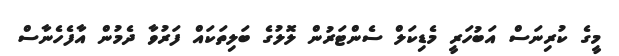
މީގެ ކުރިނަސް އަބުހަރީ މެޑިކަލް ސެންޓަރުން ލޮލުގެ ބަލިތަކައް ފަރުވާ ދެމުން އާފެހެނާސް